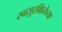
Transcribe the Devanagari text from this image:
स्वसुरक्षितेच्या